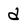
Character: d